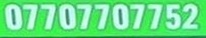
07707707752